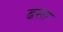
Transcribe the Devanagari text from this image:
ढसा